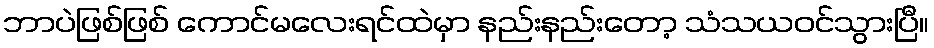
ဘာပဲဖြစ်ဖြစ် ကောင်မလေးရင်ထဲမှာ နည်းနည်းတော့ သံသယဝင်သွားပြီ။